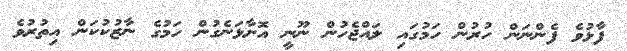
ފާޅުވެ ފެންނަން ހުރުން ހަމުގައި ލައްޖެހުން ނޫނީ އޮށާޅަނެގުން ހަމުގެ ނާޒުކުކަން އިތުރުވެ